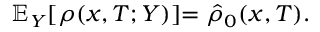
\mathbb { E } _ { Y } [ \rho ( x , T ; Y ) ] { = \hat { \rho } _ { 0 } ( x , T ) } .